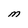
Character: M